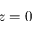
z = 0